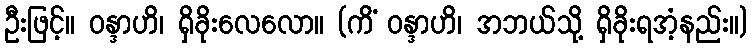
ဦးဖြင့်။ ဝန္ဒာဟိ၊ ရှိခိုးလေလော။ (ကိံ ဝန္ဒာဟိ၊ အဘယ်သို့ ရှိခိုးရအံ့နည်း။)